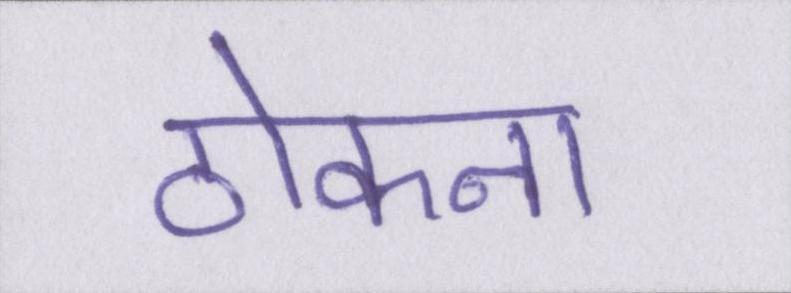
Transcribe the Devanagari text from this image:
ठोकना